Report on sanitation, dispensaries, and jails in Rajputana for 1911, and on vaccination for the year 1911-1912 - 1911-1912
Year: 1911
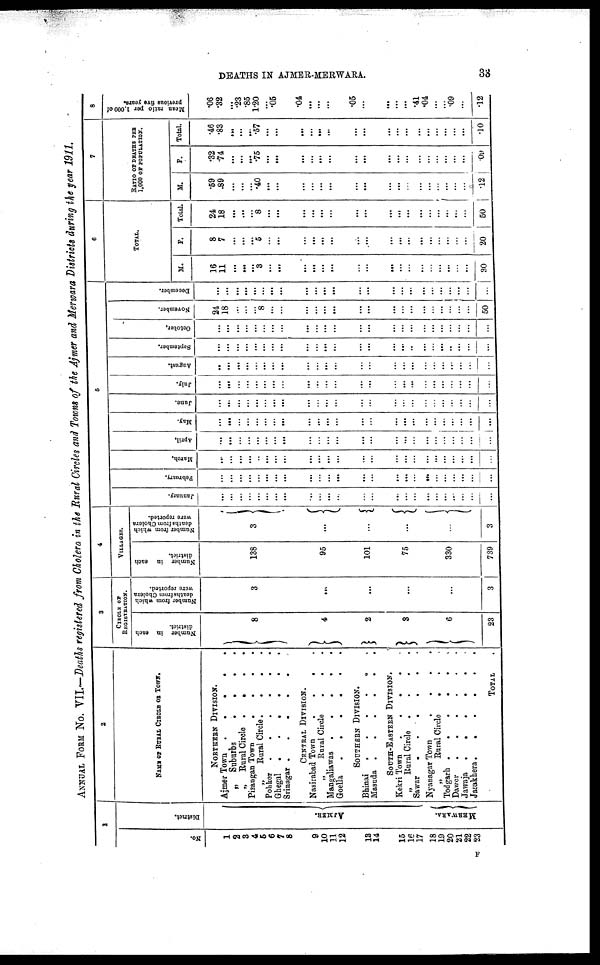
DEATHS IN AJMER-MERWARA.
33
ANNUAL FROM No. VII.—Death registered from Cholera in the Rural Circles and Towns of the Ajmer and Merwara Districts during the year 1911.
1
No.
1
2
3
4
5
6
7
8
9
10
11
12
13
14
15
16
17
18
19
20
21
22
23
District.
AJMER
MERWARA.
2
NAME OF RURAL CIRCLE OF TOWN.
NORTHERN DIVISION.
Ajmer Town
.
.
. . .
„
Suburbs
.
.
. .
„ Rural Circle .
. . .
Pisangan Town
.
.
. .
„
Rural Circle.
. . .
Pohker . . . . . .
Ghegal .
.
.
.
. .
Srinagar .
.
.
.
.
CENTRAL DIVISION.
Nasirabad Town
.
.
. .
„ Rural Circle . . .
Mangaliawas .
.
.
.
.
Goella
.
.
.
.
.
.
SOUTHERN DIVISION.
Bhinai
.
.
.
.
. .
Masuda .
.
. . . .
SOUTH-EASTERN DIVISION.
Kekri Town
. . . . .
„ Rural Circle . . . .
Sawar
.
.
.
.
.
.
Nyanagar Town
. . . .
„ Rural Circle . . .
Todgarh .
.
.
.
. .
Dawer . . . . . .
Jawaja .
.
.
.
.
.
Jasakhera.
.
.
.
.
.
TOTAL .
3
CIRCLE OF
REGISTRATION.
Number in each
district.
8
4
2
3
6
23
Number from which
deaths (ram Cholera
were reported.
3
...
...
...
...
3
4
VILLAGES.
Number in each
district.
138
95
101
75
330
739
Number from which
deaths from Cholera
were reported.
3
...
...
...
...
3
5
January.
...
...
...
...
...
...
...
...
...
...
...
...
...
...
...
...
...
...
...
...
...
...
...
...
February.
...
...
...
...
...
...
...
...
...
...
...
...
...
...
...
...
...
...
...
...
...
...
...
...
March.
...
...
...
...
...
...
...
...
...
...
...
...
...
...
...
...
...
...
...
...
...
...
...
...
April.
...
...
...
...
...
...
...
...
...
...
...
...
...
...
...
...
...
...
...
...
...
...
...
...
May.
...
...
...
...
...
...
...
...
...
...
...
...
...
...
...
...
...
...
...
...
...
...
...
...
June.
...
...
...
...
...
...
...
...
...
...
...
...
...
...
...
...
...
...
...
...
...
...
...
...
July.
...
...
...
...
...
...
...
...
...
...
...
...
...
...
...
...
...
...
...
...
...
...
...
...
August.
...
...
...
...
...
...
...
...
...
...
...
...
...
...
...
...
...
...
...
...
...
...
...
...
September.
...
...
...
...
...
...
...
...
...
...
...
...
...
...
...
...
..
...
...
...
...
...
...
...
October.
...
...
...
...
...
...
...
...
...
...
...
...
...
...
...
...
...
...
...
...
...
...
...
...
November.
24
18
...
...
...
8
...
...
...
...
...
...
...
...
...
...
...
...
...
...
...
...
...
50
December.
...
...
...
...
...
...
...
...
...
...
...
...
...
...
...
...
...
...
...
...
...
...
...
...
6
TOTAL.
M.
16
11
...
...
...
3
...
...
...
...
...
...
...
...
...
...
...
...
...
...
...
...
...
30
F.
8
7
...
...
...
5
...
...
...
...
...
...
...
...
...
...
...
...
...
...
...
...
...
20
Total.
24
18
...
...
...
8
...
...
...
...
...
...
...
...
...
...
...
...
...
...
...
...
...
50
7
RATIO OF DEATHS PER
1,000 OF POPULATION.
M.
.59
.89
...
...
...
.40
...
...
...
...
...
...
...
...
...
...
...
...
...
...
...
...
...
.12
F.
.32
.74
...
...
...
.75
...
...
...
...
...
...
...
...
...
...
...
...
...
...
...
...
...
.09
Total.
.46
.83
...
...
...
.57
...
...
...
...
...
...
...
...
...
...
...
...
...
...
...
...
...
.10
8
Mean ratio per 1,000 of
previous five years.
.06
.32
...
.23
.85
1.20
...
.05
.04
...
...
...
.05
...
...
...
...
.41
.04
...
...
.09
...
.12